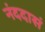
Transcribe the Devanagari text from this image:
नंददासं